Report on the bubonic plague in Bombay, 1896-1897
Year: 1896
Disease focus: Plague
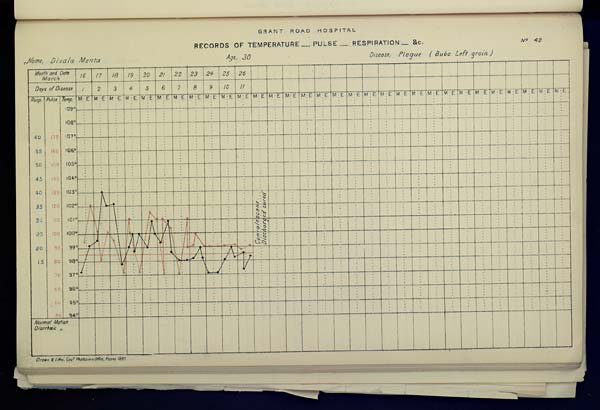
GRANT
ROAD
HOSPITAL
RECORDS OF TEMPERATURE __ PULSE __ RESPIRATION __ &c. No. 42
Name,
Divala
Menta
Age,
30
Disease,
Plague
(Bubo
Left
groin)
Drawn & Litho: Govt. Photozinco: Office, Poona 1897.